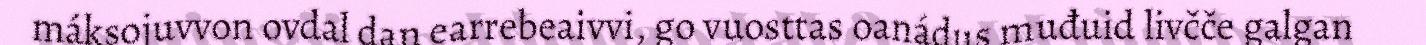
máksojuvvon ovdal dan earrebeaivvi, go vuosttas oanádus muđuid livčče galgan